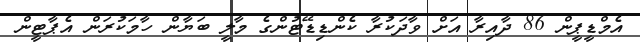
އެމްޑީޕީން 86 ދާއިރާ އަށް ވާދަކުރާ ކެންޑިޑޭޓުންގެ މާލީ ބަޔާން ހާމަކުރަން އެޕާޓީން